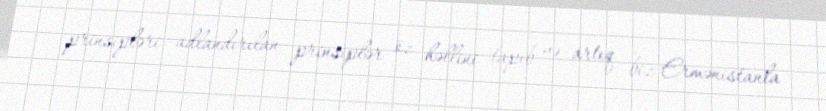
prinsipləri adlandırılan prinsiplər öz həllini tapıb və artıq biz Ermənistanla